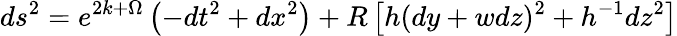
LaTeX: ds^{2}=e^{2k+\Omega}\left(-dt^{2}+dx^{2}\right)+R\left[h(dy+wdz)^{2}+h^{-1}dz^{2}\right]